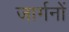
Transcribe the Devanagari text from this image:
जार्गनों